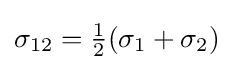
{\textstyle \sigma _{12}={\frac {1}{2}}(\sigma _{1}+\sigma _{2})}